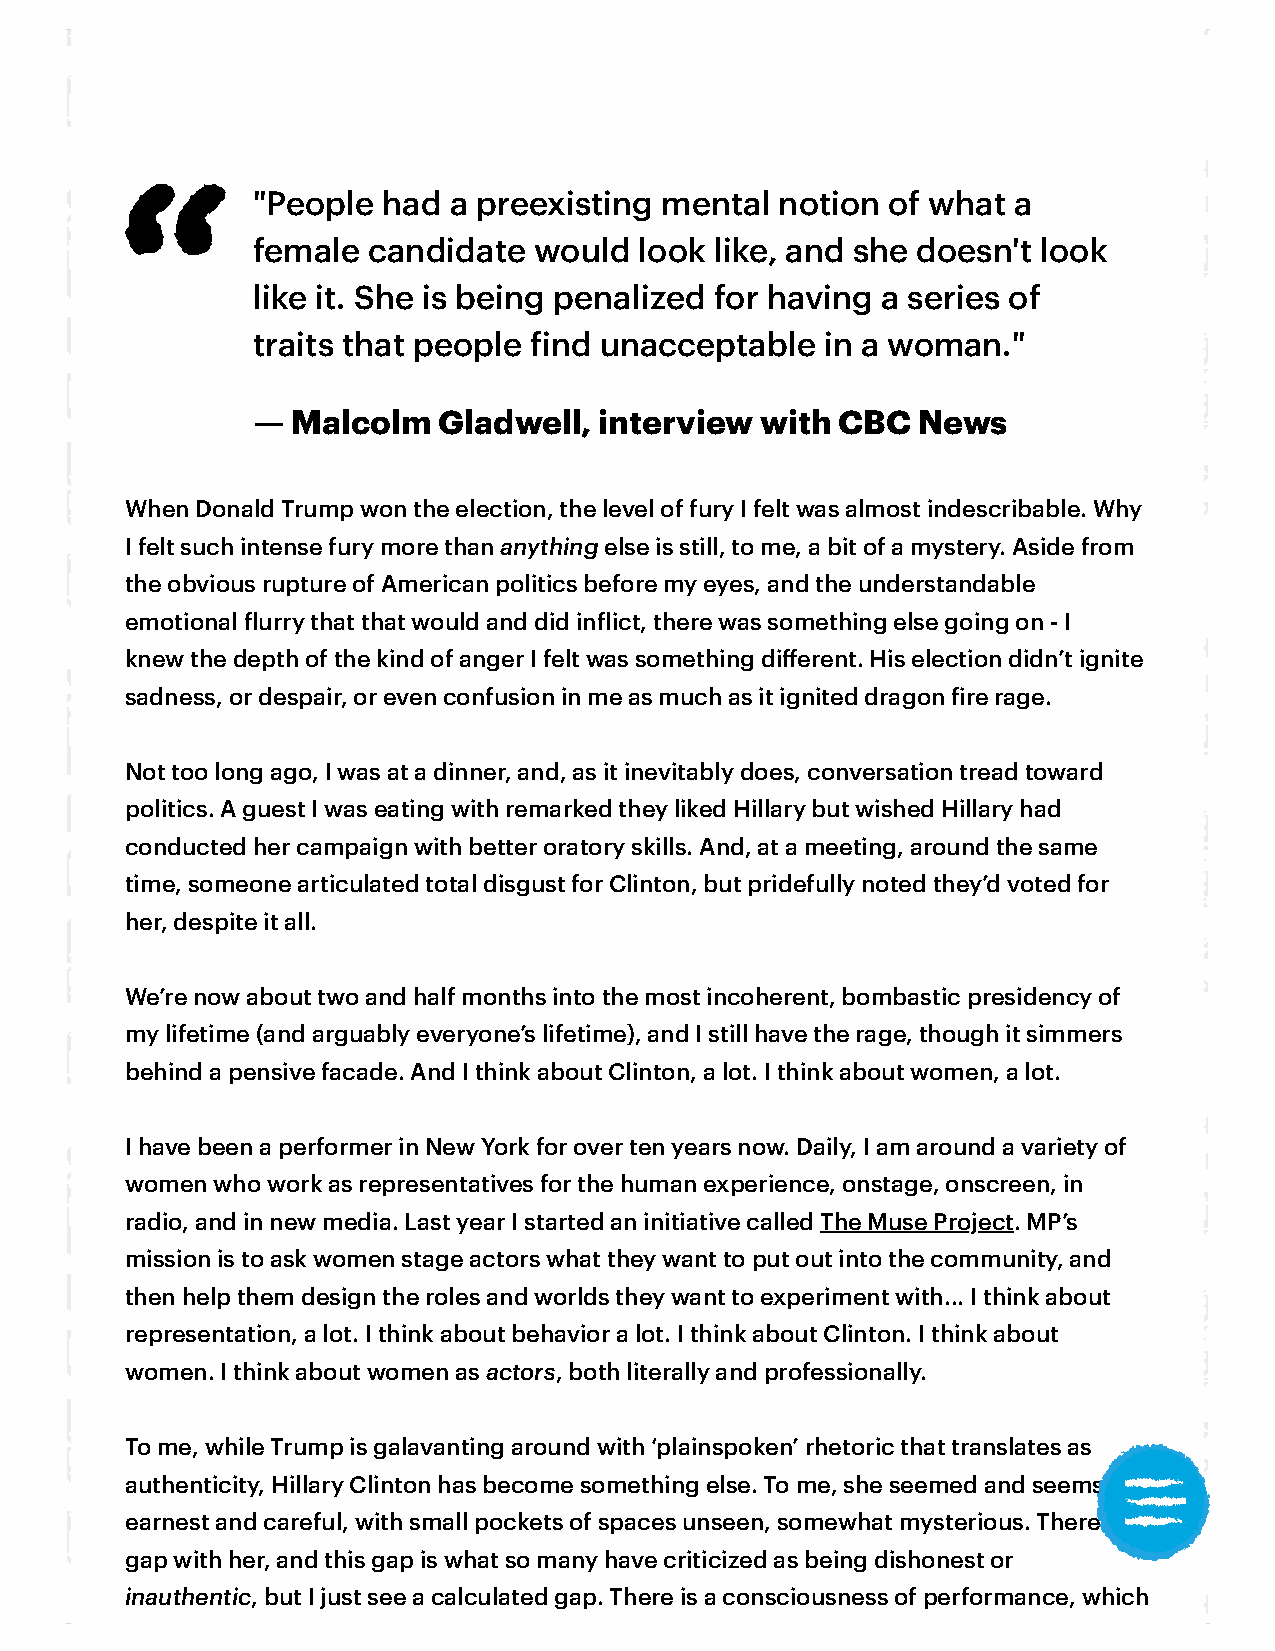
        "People had  a preexisting mental  notion of what a
 female candidate  would  look like, and she doesn't look
 like it. She is being penalized for having a series of
 traits that people ind unacceptable  in a woman."
 — Malcolm   Gladwell,  interview with CBC   News
 When Donald Trump won the election, the level of fury I felt was almost indescribable. Why
 I felt such intense fury more than anything else is still, to me, a bit of a mystery. Aside from
 the obvious rupture of American politics before my eyes, and the understandable
 emotional lurry that that would and did inlict, there was something else going on - I
 knew the depth of the kind of anger I felt was something different. His election didn’t ignite
 sadness, or despair, or even confusion in me as much as it ignited dragon ire rage.
 Not too long ago, I was at a dinner, and, as it inevitably does, conversation tread toward
 politics. A guest I was eating with remarked they liked Hillary but wished Hillary had
 conducted her campaign with better oratory skills. And, at a meeting, around the same
 time, someone articulated total disgust for Clinton, but pridefully noted they’d voted for
 her, despite it all.
 We’re now about two and half months into the most incoherent, bombastic presidency of
 my lifetime (and arguably everyone’s lifetime), and I still have the rage, though it simmers
 behind a pensive facade. And I think about Clinton, a lot. I think about women, a lot.
 I have been a performer in New York for over ten years now. Daily, I am around a variety of
 women who work as representatives for the human experience, onstage, onscreen, in
 radio, and in new media. Last year I started an initiative called The Muse Project. MP’s
 mission is to ask women stage actors what they want to put out into the community, and
 then help them design the roles and worlds they want to experiment with... I think about
 representation, a lot. I think about behavior a lot. I think about Clinton. I think about
 women. I think about women as actors, both literally and professionally.
 To me, while Trump is galavanting around with ‘plainspoken’ rhetoric that translates as
 authenticity, Hillary Clinton has become something else. To me, she seemed and seems
 earnest and careful, with small pockets of spaces unseen, somewhat mysterious. There is a
 gap with her, and this gap is what so many have criticized as being dishonest or
 inauthentic, but I just see a calculated gap. There is a consciousness of performance, which